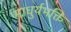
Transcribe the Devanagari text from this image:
माधुर्यभक्ति